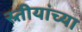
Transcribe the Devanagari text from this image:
स्र्तीयांच्या